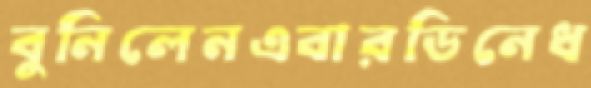
বুনিলেনএবারডিনেধ